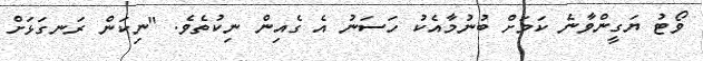
ވޯޓު ޔަގީންވާނެ ކަމަށް ބުނުމާއެކު ހަސަނު އެ ގެއިން ނިކުތެވެ. "ނިކަން ރަނގަޅަށް